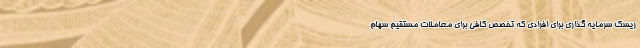
ریسک سرمایه گذاری برای افرادی که تخصص کافی برای معاملات مستقیم سهام